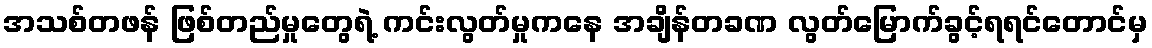
အသစ်တဖန် ဖြစ်တည်မှုတွေရဲ့ ကင်းလွတ်မှုကနေ အချိန်တခဏ လွတ်မြောက်ခွင့်ရရင်တောင်မှ